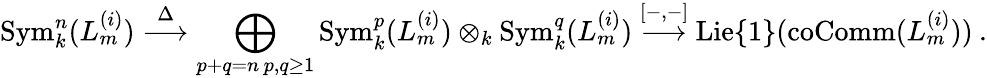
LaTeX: \mathrm{Sym}_{k}^{n}(L_{m}^{(i)})\stackrel{\Delta}{\longrightarrow}\bigoplus_{\substack{p+q=n\, p,q\ge 1}}\mathrm{Sym}_{k}^{p}(L_{m}^{(i)})\otimes_{k}\mathrm{Sym}_{k}^{q}(L_{m}^{(i)})\stackrel{[-,-]}{\longrightarrow}\mathrm{Lie}\{ 1\} (\mathrm{coComm}(L_{m}^{(i)}))\: .